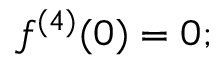
f ^ { ( 4 ) } ( 0 ) = 0 ;